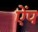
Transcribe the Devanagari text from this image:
ऐंप